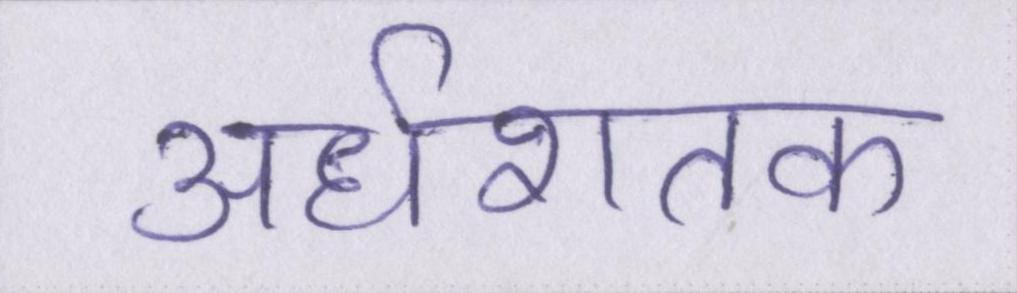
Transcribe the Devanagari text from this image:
अर्धशतक